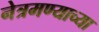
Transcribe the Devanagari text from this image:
नेत्रमण्याच्या